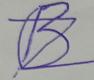
Signature authenticity: forged